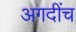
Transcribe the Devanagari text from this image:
अगदींच